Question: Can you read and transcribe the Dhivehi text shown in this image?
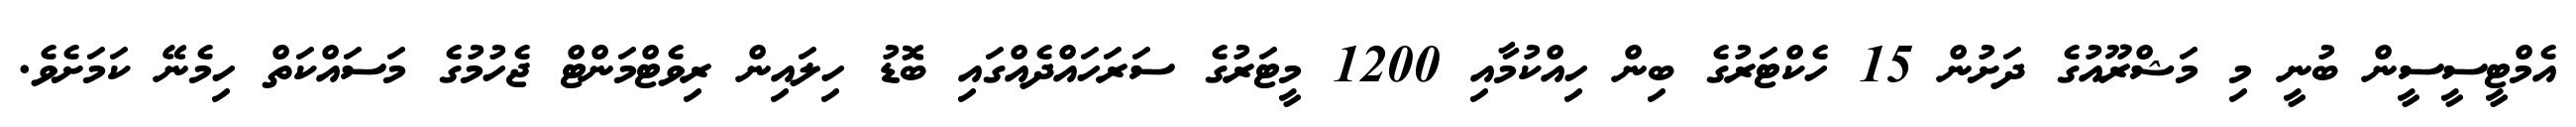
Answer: އެމްޓީސީސީން ބުނީ މި މަޝްރޫއުގެ ދަށުން 15 ހެކްޓަރުގެ ބިން ހިއްކުމާއި 1200 މީޓަރުގެ ސަރަހައްދެއްގައި ބޮޑު ހިލައިން ރިވެޓްމަންޓް ޖެހުމުގެ މަސައްކަތް ހިމެނޭ ކަމަށެވެ.